Civil Veterinary Dept. Assam report 1927-50 - 1927-1950
Year: 1927
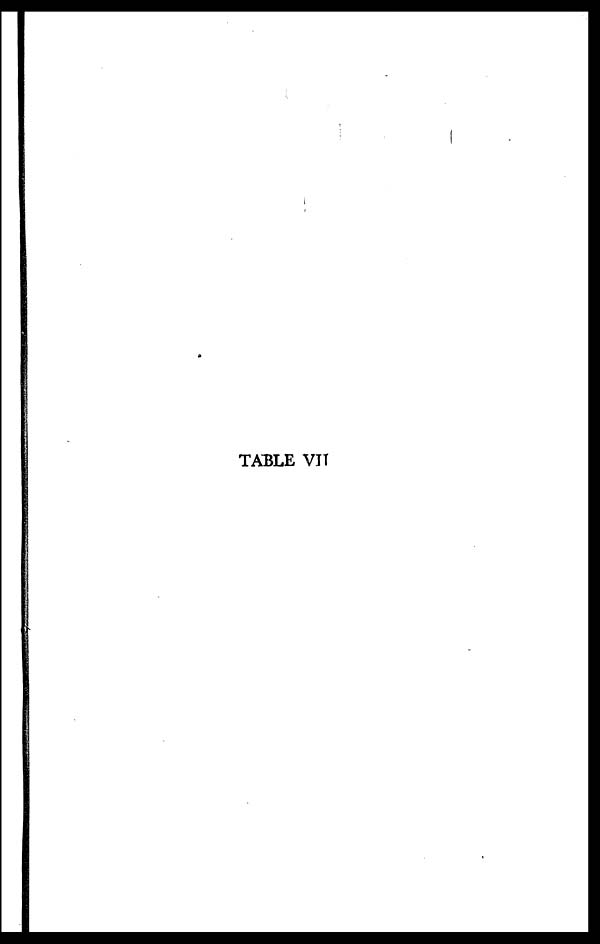
TABLE VII